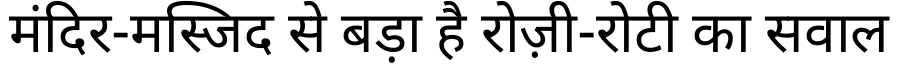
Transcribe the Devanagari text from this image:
मंदिर-मस्जिद से बड़ा है रोज़ी-रोटी का सवाल